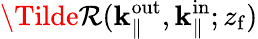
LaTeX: \Tilde{\mathcal{R}}({\mathbf{{k}}_{\parallel}^{\mathrm{{out}}}},\mathbf{{k}}_{\parallel}^{\mathrm{{in}}};{z_{\mathrm{{f}}}})